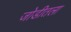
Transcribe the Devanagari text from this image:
जोडीतला